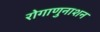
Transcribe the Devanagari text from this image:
रोगाणुनाशन